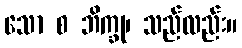
သော စ ဘိက္ခု၊ သည်လည်း။